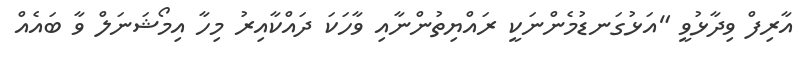
އާރިފް ވިދާޅުވީ "އަޅުގަނޑުމެންނަކީ ރައްޔިތުންނާއި ވާހަކަ ދައްކާއިރު މިހާ އިމޯޝަނަލް ވާ ބައެއް